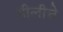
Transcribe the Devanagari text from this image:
हीलीचे